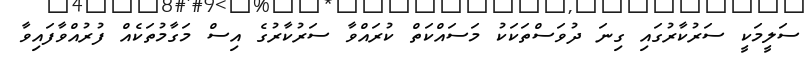
ސަލީމަކީ ސަރުކާރުގައި ގިނަ ދުވަސްތަކަކު މަސައްކަތް ކުރައްވާ ސަރުކާރުގެ އިސް މަގާމުތަކެއް ފުރުއްވާފައިވާ